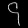
Digit: ၄